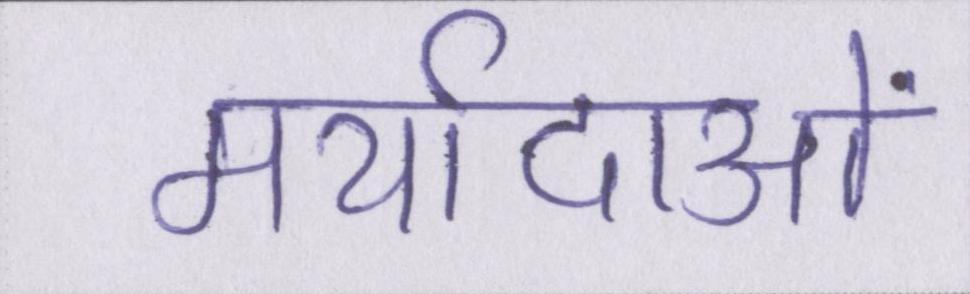
मर्यादाओं